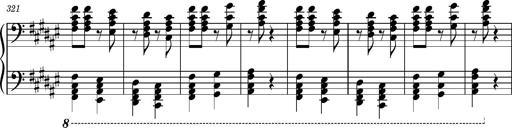
Title: Magyar rapszÃ³diÃ¡k
Composer: Franz Liszt